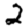
Digit: 2